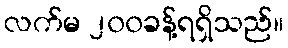
လက်မ ၂၀၀ခန့်ရရှိသည်။